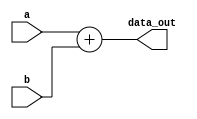
`timescale 1ns/1ps

module AdderN
#(parameter N=32)
(
  input 	  [N-1:0] a,
  input     [N-1:0] b,
  output    [N-1:0] data_out
);


assign data_out = a + b;


endmodule